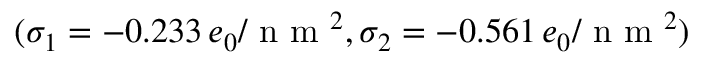
( \sigma _ { 1 } = - 0 . 2 3 3 \, e _ { 0 } / \textrm { n m } ^ { 2 } , \sigma _ { 2 } = - 0 . 5 6 1 \, e _ { 0 } / \textrm { n m } ^ { 2 } )